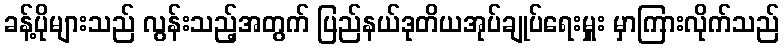
ခန့်ပိုများသည် လွန်းသည့်အတွက် ပြည်နယ်ဒုတိယအုပ်ချုပ်ရေးမှူး မှာကြားလိုက်သည်